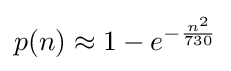
p(n)\approx 1-e^{-{\frac {n^{2}}{730}}}